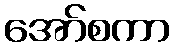
အော်စကာ